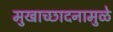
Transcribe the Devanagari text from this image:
मुखाच्छादनामुळे